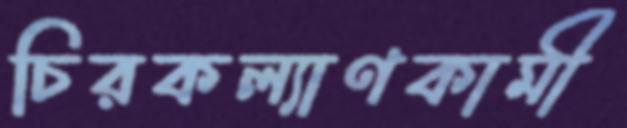
চিরকল্যাণকামী